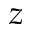
z